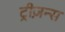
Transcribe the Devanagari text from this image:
ट्रीज़न्स